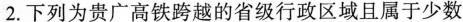
2.下列为贵广高铁跨越的省级行政区域且属于少数